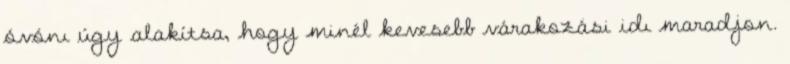
óvónı úgy alakítsa, hogy minél kevesebb várakozási idı maradjon.